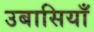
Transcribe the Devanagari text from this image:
उबासियाँ